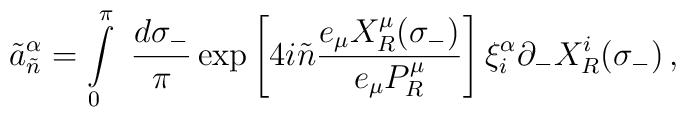
\tilde{a}^{\alpha}_{\tilde{n}}   =\int\limits_{0}^{\pi}~\frac{d\sigma_{-}}{\pi}              \exp\left[4i\tilde{n}\frac{e_{\mu}          X^{\mu}_{R}(\sigma_{-})}{e_{\mu}P^{\mu}_{R}}\right]             \xi^{\alpha}_{i}\partial_{-}X^{i}_{R}(\sigma_{-}) \,,